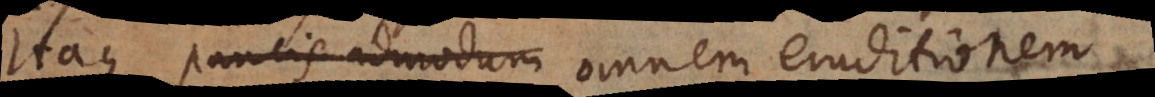
Itaque paucis admodum eruditionem